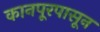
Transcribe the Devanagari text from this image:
कानपूरपासून